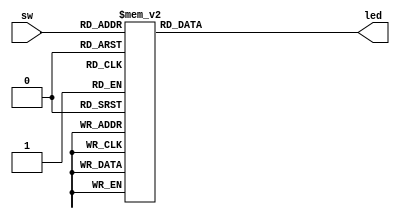
module decode38(
	sw,
	led
);
	input[2:0] sw;
	output[7:0] led;
	//this reg var for assignment in always
	reg[7:0] led;
	
	//always: run when sw changes
	always @(sw)
	begin
		case(sw)
			3'b000:
			led = 8'b0111_1111;
			3'b001:
			led = 8'b1011_1111;
			3'b010:
			led = 8'b1101_1111;
			3'b011:
			led = 8'b1110_1111;
			3'b100:
			led = 8'b1111_0111;
			3'b101:
			led = 8'b1111_1011;
			3'b110:
			led = 8'b1111_1101;
			3'b111:
			led = 8'b1111_1110;
			default:;
		endcase
	end
endmodule